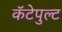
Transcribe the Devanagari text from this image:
कॅटेपुल्ट